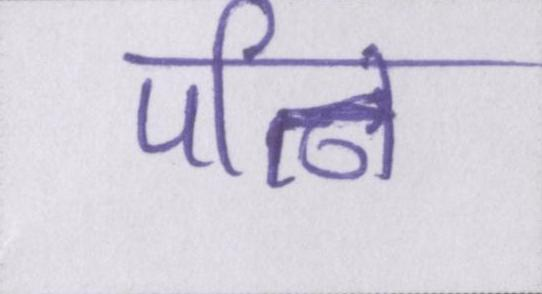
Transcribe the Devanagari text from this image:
पत्नि